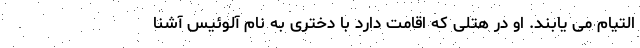
التیام می یابند. او در هتلی که اقامت دارد با دختری به نام آلوئیس آشنا